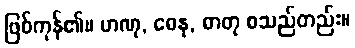
ဖြစ်ကုန်၏။ ဟဏု, ဓေနု, ဓာတု စသည်တည်း။